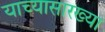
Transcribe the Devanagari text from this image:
याच्यासारख्या